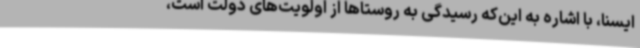
ایسنا، با اشاره به این‌که رسیدگی به روستاها از اولویت‌های دولت است،